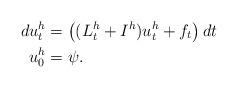
LaTeX: \begin{align*} d u^h_t&= \left( (L^h_t+I^h) u^h_t + f_t \right) dt \\ u^h_0&= \psi.\end{align*}